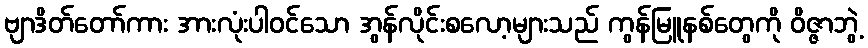
ဗျာဒိတ်တော်ကား အားလုံးပါ၀င်သော အွန်လိုင်းစလော့များသည် ကွန်မြူနစ်တွေကို ဝိဇ္ဇာဘွဲ့